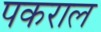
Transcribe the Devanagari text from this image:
पकराल